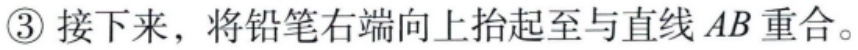
\textcircled{3} 接下来，将铅笔右端向上抬起至与直线 \(AB\) 重合。